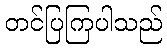
တင်ပြကြပါသည်